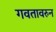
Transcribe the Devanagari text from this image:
गवतावरुन